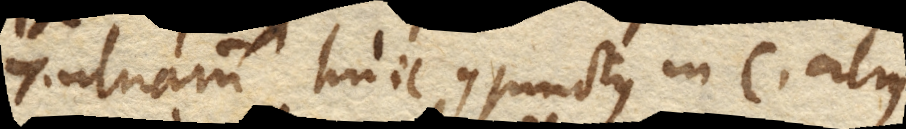
7. ulnarum huic conjunctus in C. alius